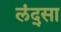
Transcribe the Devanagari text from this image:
लंद्सा